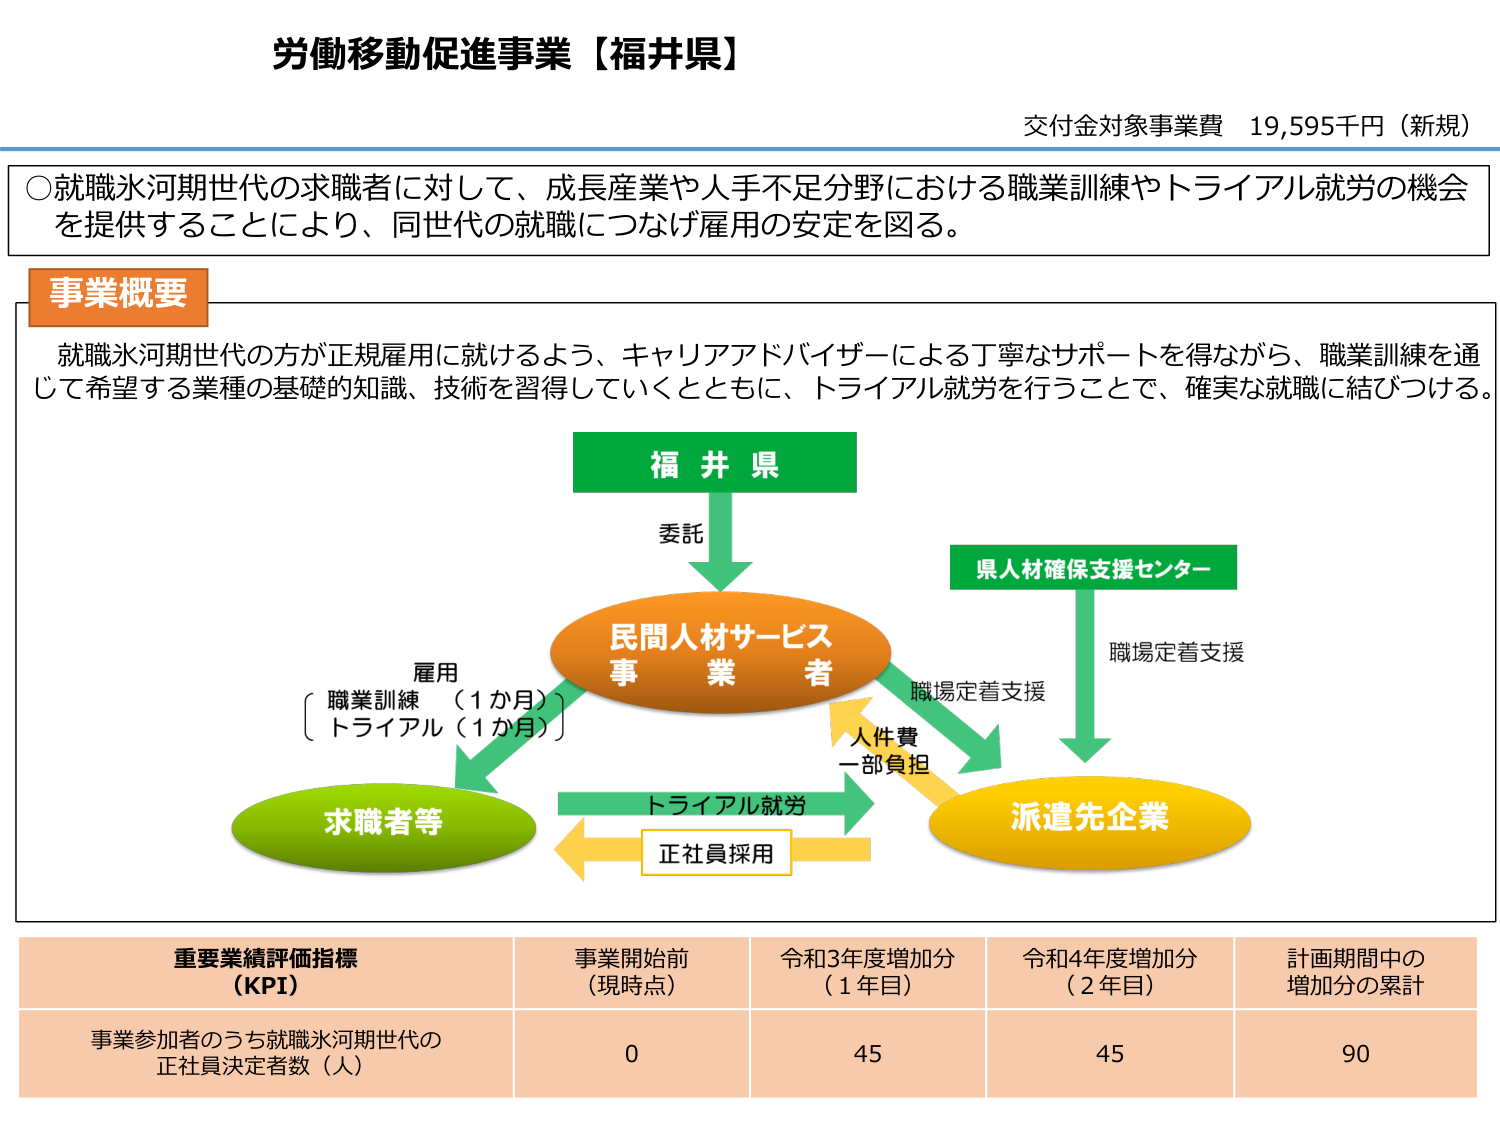
労働移動促進事業【福井県】
交付金対象事業費 19,595千円（新規）

○就職氷河期世代の求職者に対して、成長産業や人手不足分野における職業訓練やトライアル就労の機会を提供することにより、同世代の就職につなげ雇用の安定を図る。

事業概要
就職氷河期世代の方が正規雇用に就けるよう、キャリアアドバイザーによる丁寧なサポートを得ながら、職業訓練を通じて希望する業種の基礎的知識、技術を習得していくとともに、トライアル就労を行うことで、確実な就職に結びつける。

福井県
委託
民間人材サービス事業者
職場定着支援
県人材確保支援センター
職場定着支援
人件費一部負担
派遣先企業
トライアル就労
正社員採用
雇用
職業訓練（1か月）
トライアル（1か月）
求職者等

重要業績評価指標（KPI）
事業開始前（現時点）
令和3年度増加分（1年目）
令和4年度増加分（2年目）
計画期間中の増加分の累計
事業参加者のうち就職氷河期世代の正社員決定者数（人）
0
45
45
90